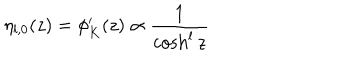
\eta _ { l , 0 } ( z ) = \phi _ { K } ^ { \prime } ( z ) \propto \frac { 1 } { \cosh ^ { l } z }